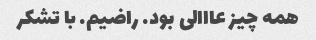
همه چیز عااالی بود. راضیم. با تشکر